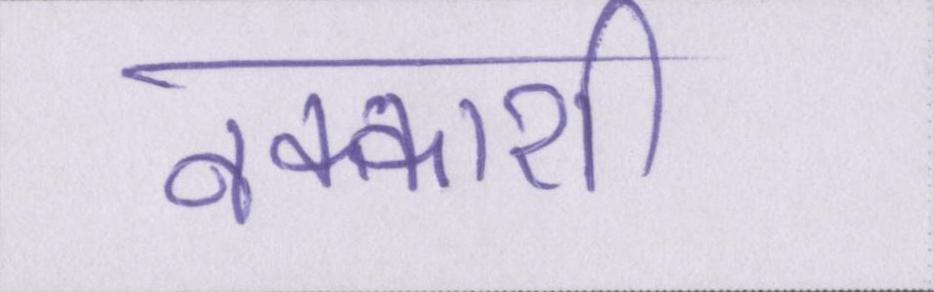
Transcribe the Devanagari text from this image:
नक्काशी